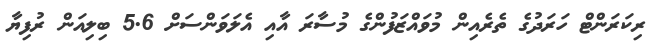
ރިކަރަންޓް ހަރަދުގެ ތެރެއިން މުވައްޒަފުންގެ މުސާރަ އާއި އެލަވަންސަށް 5.6 ބިލިއަން ރުފިޔާ